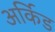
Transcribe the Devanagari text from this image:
अर्किड